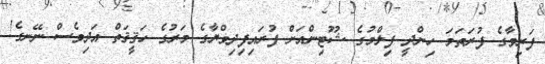
ފަރިވާގެ ފުރަތަމަ ހިންދީ ފިލްމުގެ ޝޫޓިންއަށް ފުރައިފިދިވްޔާގެ މަރުގެ ހަޤީޤަތް އަދިވެސް ނޭނގެ!